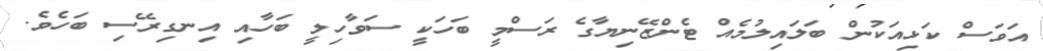
އަވަސް ކަޅިއަކުން ބަލައިލުމެއް ޓެންޒޭނިޔާގެ ރަސްމީ ބަހަކީ ސަވާހިލީ ބަހާއި އިނގިރޭސި ބަހެވެ.